Report on sanitation, dispensaries, and jails in Rajputana for 1917, and on vaccination for the year 1917-1918 - 1917-1918
Year: 1917
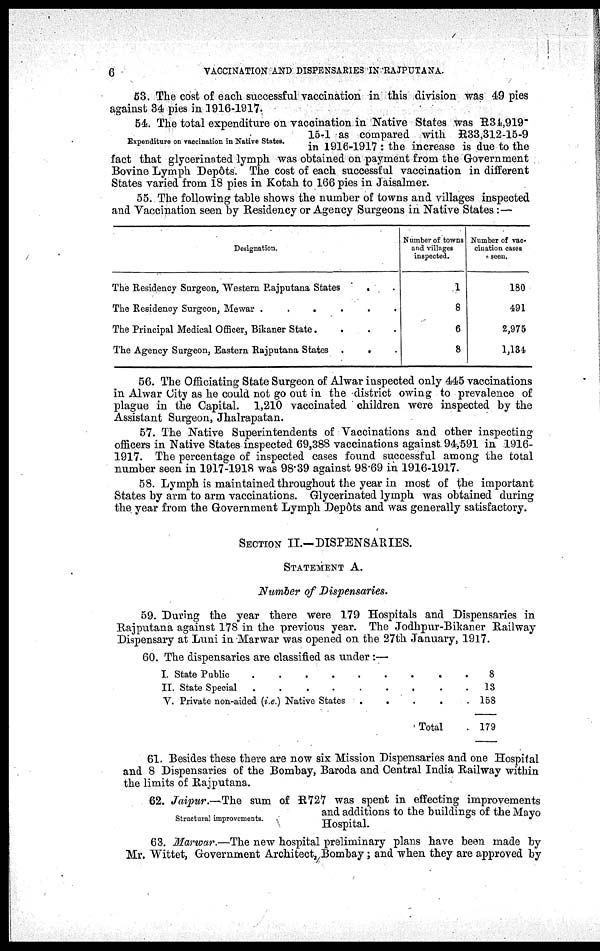
6
VACCINATION AND DISPENSARIES IN RAJPUTANA.
53. The cost of each successful vaccination in this division was 49 pies
against 34 pies in 1916-1917.
Expenditure on vaccination in Native States.
54. The total expenditure on vaccination in Native States was R34,919-
15-1 as compared with R33,312-15-9
in 1916-1917 : the increase is due to the
fact that glycerinated lymph was obtained on payment from the Government
Bovine Lymph Depôts. The cost of each successful vaccination in different
States varied from 18 pies in Kotah to 166 pies in Jaisalmer.
55. The following table shows the number of towns and villages inspected
and Vaccination seen by Residency or Agency Surgeons in Native States:—
Designation.
The Residency Surgeon, Western Rajputana States
. .
The Residency Surgeon, Mewar .
.
.
.
.
.
The Principal Medical Officer, Bikaner State .
.
.
.
The Agency Surgeon, Eastern Rajputana States .
. .
Number of towns
and villages
inspected.
1
8
6
8
Number of vac¬
cination cases
seen.
180
491
2,975
1,184
56. The Officiating State Surgeon of Alwar inspected only 445 vaccinations
in Alwar City as he could not go out in the district owing to prevalence of
plague in the Capital. 1,210 vaccinated children were inspected by the
Assistant Surgeon, Jhalrapatan.
57. The Native Superintendents of Vaccinations and other inspecting
officers in Native States inspected 69,388 vaccinations against 94,591 in 1916-
1917. The percentage of inspected cases found successful among the total
number seen in 1917-1918 was 98.39 against 98.69 in 1916-1917.
58. Lymph is maintained throughout the year in most of the important
States by arm to arm vaccinations. Glycerinated lymph was obtained during
the year from the Government Lymph Depôts and was generally satisfactory.
SECTION II.—DISPENSARIES.
STATEMENT A.
Number of Dispensaries.
59. During the year there were 179 Hospitals and Dispensaries in
Rajputana against 178 in the previous year. The Jodhpur-Bikaner Railway
Dispensary at Luni in Marwar was opened on the 27th January, 1917.
60. The dispensaries are classified as under :—
I. State Public. . . . . . . . .
II. State Special . . . . . . . . .
V. Private non-aided (i.e.) Native States
.
.
.
. .
Total .
8
13
158
179
61. Besides these there are now six Mission Dispensaries and one Hospital
and 8 Dispensaries of the Bombay, Baroda and Central India Railway within
the limits of Rajputana.
Structural improvements.
62. Jaipur.—The sum of R727 was spent in effecting improvements
and additions to the buildings of the Mayo
Hospital.
63. Marwar.—The new hospital preliminary plans have been made by
Mr. Wittet, Government Architect, Bombay ; and when they are approved by